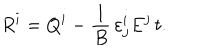
R ^ { i } = Q ^ { i } - \frac { 1 } { B } \, \varepsilon _ { j } ^ { i } E ^ { j } \, t .